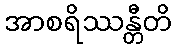
အာစရိဿန္တီတိ